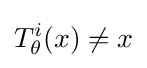
T_{\theta }^{i}(x)\neq x